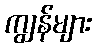
ကျွန်များ